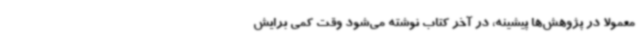
معمولا در پژوهش‌ها پیشینه، در آخر کتاب نوشته می‌شود وقت کمی برایش